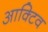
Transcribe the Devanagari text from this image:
आक्टिव